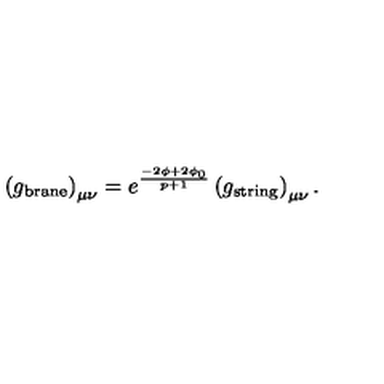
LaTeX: \left( g _ { \mathrm { \scriptsize b r a n e } } \right) _ { \mu \nu } = e ^ { \frac { - 2 \phi + 2 \phi _ { 0 } } { p + 1 } } \left( g _ { \mathrm { \scriptsize s t r i n g } } \right) _ { \mu \nu } .